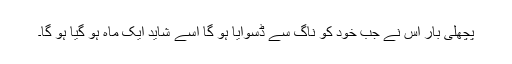
پچھلی بار اُس نے جب خود کو ناگ سے ڈسوایا ہو گا اُسے شاید ایک ماہ ہو گیا ہو گا۔